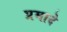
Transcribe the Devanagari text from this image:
प्रमादे